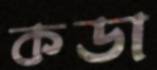
কডা